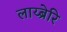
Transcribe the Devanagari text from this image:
लाय्ब्रेरि